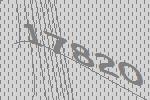
17820